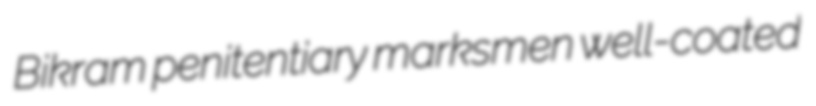
Bikram penitentiary marksmen well-coated